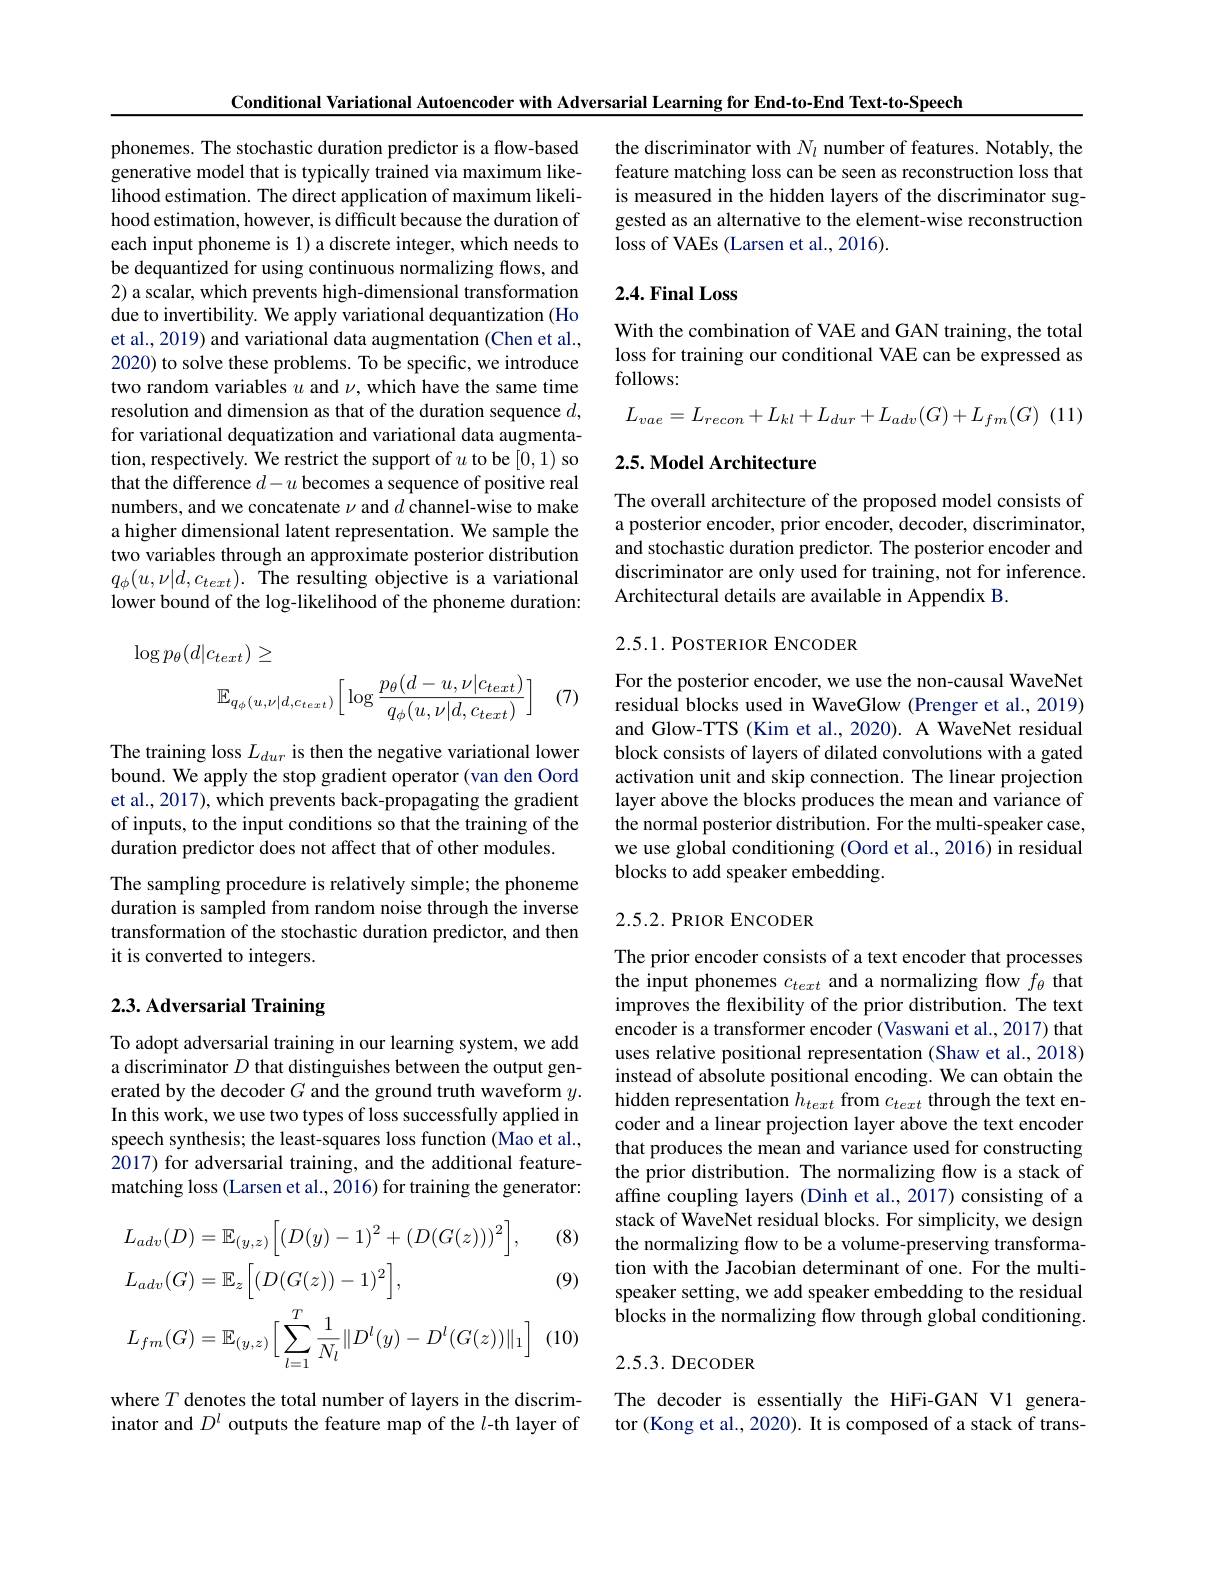
Conditional Variational Autoencoder with Adversarial Learning for End-to-End Text-to-Speech

phonemes. The stochastic duration predictor is a flow-based generative model that is typically trained via maximum likelihood estimation. The direct application of maximum likelihood estimation, however, is difficult because the duration of each input phoneme is 1) a discrete integer, which needs to be dequantized for using continuous normalizing flows, and 2) a scalar, which prevents high-dimensional transformation due to invertibility. We apply variational dequantization (Ho et al., 2019) and variational data augmentation (Chen et al., 2020) to solve these problems. To be specific, we introduce two random variables $u$ and $\nu$, which have the same time resolution and dimension as that of the duration sequence $d$, for variational dequatization and variational data augmentation, respectively. We restrict the support of $u$ to be [0,1) so that the difference $d-u$ becomes a sequence of positive real numbers, and we concatenate $\nu$ and $d$ channel-wise to make a higher dimensional latent representation. We sample the two variables through an approximate posterior distribution $q_{\phi}(u,\nu|d,c_{text}).$ The resulting objective is a variational lower bound of the log-likelihood of the phoneme duration:
$$\log p_{\theta}(d|c_{text})\geq\\\mathbb{E}_{q_{\phi}(u,\nu|d,c_{text})}\Big[\log\frac{p_{\theta}(d-u,\nu|c_{text})}{q_{\phi}(u,\nu|d,c_{text})}\Big]$$
(7)

The training loss $L_dur$ is then the negative variational lower bound. We apply the stop gradient operator (van den Oord et al., 2017), which prevents back-propagating the gradient of inputs, to the input conditions so that the training of the duration predictor does not affect that of other modules.
The sampling procedure is relatively simple; the phoneme duration is sampled from random noise through the inverse transformation of the stochastic duration predictor, and then it is converted to integers.

# 2.3. Adversarial Training

To adopt adversarial training in our learning system, we add a discriminator $D$ that distinguishes between the output generated by the decoder $G$ and the ground truth waveform $y.$ In this work, we use two types of loss successfully applied in speech synthesis; the least-squares loss function (Mao et al., $\hat{2017})$ for adversarial training, and the additional featurematching loss (Larsen et al., 2016) for training the generator:

(9)

(8)
$$\begin{aligned}&L_{adv}(D)=\mathbb{E}_{(y,z)}\Big[(D(y)-1)^{2}+(D(G(z)))^{2}\Big],\\&L_{adv}(G)=\mathbb{E}_{z}\Big[(D(G(z))-1)^{2}\Big],\\&L_{fm}(G)=\mathbb{E}_{(y,z)}\Big[\sum_{l=1}^{T}\frac{1}{N_{l}}\|D^{l}(y)-D^{l}(G(z))\|_{1}\Big]\end{aligned}$$
where $T$ denotes the total number of layers in the discriminator and $D^l$ outputs the feature map of the $l$-th layer of

the discriminator with $N_l$ number of features. Notably, the feature matching loss can be seen as reconstruction loss that is measured in the hidden layers of the discriminator suggested as an alternative to the element-wise reconstruction loss of VAEs (Larsen et al., 2016).

## 2.4.Final Loss

With the combination of VAE and GAN training, the total loss for training our conditional VAE can be expressed as follows:

(11)
$$L_{vae}=L_{recon}+L_{kl}+L_{dur}+L_{adv}(G)+L_{fm}(G)$$
## 2.5. Model Architecture

The overall architecture of the proposed model consists of a posterior encoder, prior encoder, decoder, discriminator, and stochastic duration predictor. The posterior encoder and discriminator are only used for training, not for inference. Architectural details are available in Appendix B.

## 2.5.1. POSTERIOR ENCODER

For the posterior encoder, we use the non-causal WaveNet residual blocks used in WaveGlow (Prenger et al., 2019) and Glow-TTS (Kim et al., 2020). A WaveNet residual block consists of layers of dilated convolutions with a gated activation unit and skip connection. The linear projection layer above the blocks produces the mean and variance of the normal posterior distribution. For the multi-speaker case, we use global conditioning (Oord et al., 2016) in residual blocks to add speaker embedding.

## 2.5.2.PRIOR ENCODER

The prior encoder consists of a text encoder that processes the input phonemes $c_text$ and a normalizing flow $f_\theta$ that improves the flexibility of the prior distribution. The text encoder is a transformer encoder (Vaswani et al.,2017) that uses relative positional representation (Shaw et al., 2018) instead of absolute positional encoding. We can obtain the hidden representation $h_{text}$ from $c_{text}$ through the text encoder and a linear projection layer above the text encoder that produces the mean and variance used for constructing the prior distribution. The normalizing flow is a stack of affine coupling layers (Dinh et al., 2017) consisting of a stack of WaveNet residual blocks. For simplicity, we design the normalizing flow to be a volume-preserving transformation with the Jacobian determinant of one. For the multispeaker setting, we add speaker embedding to the residual blocks in the normalizing flow through global conditioning.

## 2.5.3.DECODER

The decoder is essentially the HiFi-GAN V1 generator (Kong et al., 2020). It is composed of a stack of trans-